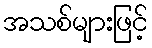
အသစ်များဖြင့်